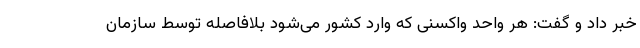
خبر داد و گفت: هر واحد واکسنی که وارد کشور می‌شود بلافاصله توسط سازمان